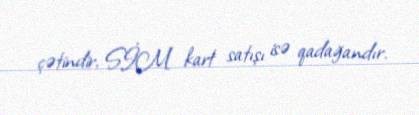
çətindir, SİM kart satışı isə qadağandır.